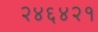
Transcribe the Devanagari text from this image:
२४६४२१